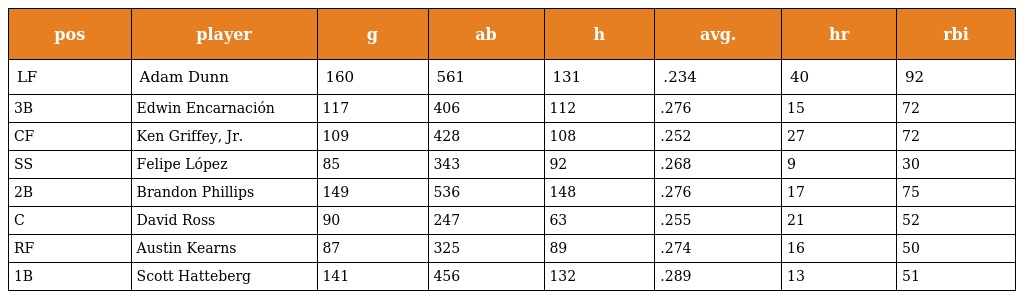
| pos | player | g | ab | h | avg. | hr | rbi |
 | --- | --- | --- | --- | --- | --- | --- | --- |
 | LF | Adam Dunn | 160 | 561 | 131 | .234 | 40 | 92 |
 | 3B | Edwin Encarnación | 117 | 406 | 112 | .276 | 15 | 72 |
 | CF | Ken Griffey, Jr. | 109 | 428 | 108 | .252 | 27 | 72 |
 | SS | Felipe López | 85 | 343 | 92 | .268 | 9 | 30 |
 | 2B | Brandon Phillips | 149 | 536 | 148 | .276 | 17 | 75 |
 | C | David Ross | 90 | 247 | 63 | .255 | 21 | 52 |
 | RF | Austin Kearns | 87 | 325 | 89 | .274 | 16 | 50 |
 | 1B | Scott Hatteberg | 141 | 456 | 132 | .289 | 13 | 51 |